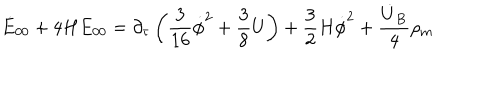
\dot { E } _ { 0 0 } + 4 H E _ { 0 0 } = \partial _ { \tau } \left( \frac { 3 } { 1 6 } \dot { \phi } ^ { 2 } + \frac { 3 } { 8 } U \right) + \frac { 3 } { 2 } H \dot { \phi } ^ { 2 } + \frac { \dot { U } _ { B } } { 4 } \rho _ { m }